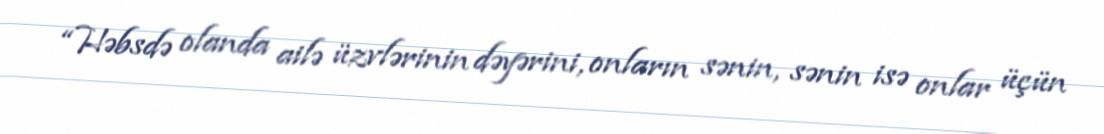
“Həbsdə olanda ailə üzvlərinin dəyərini, onların sənin, sənin isə onlar üçün